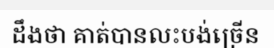
ដឹងថា គាត់បានលះបង់ច្រើន